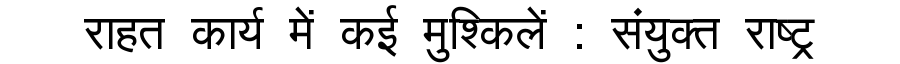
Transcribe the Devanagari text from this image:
राहत कार्य में कई मुश्किलें : संयुक्त राष्ट्र